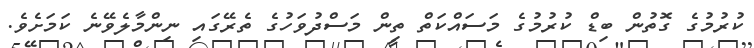
ކުރުމުގެ ގޮތުން ބިޑް ކުރުމުގެ މަސައްކަތް ތިން މަސްދުވަހުގެ ތެރޭގައި ނިންމާލެވޭނެ ކަމަށެވެ.